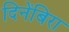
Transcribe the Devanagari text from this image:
दिनेंबिरा